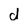
Character: d